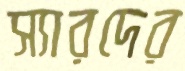
স্যারদের